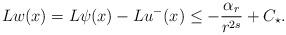
LaTeX: \begin{align*} L w(x) = L \psi(x)- L u^-(x)\le -\frac{\alpha_r}{r^{2s}} + C_{\star}.\end{align*}